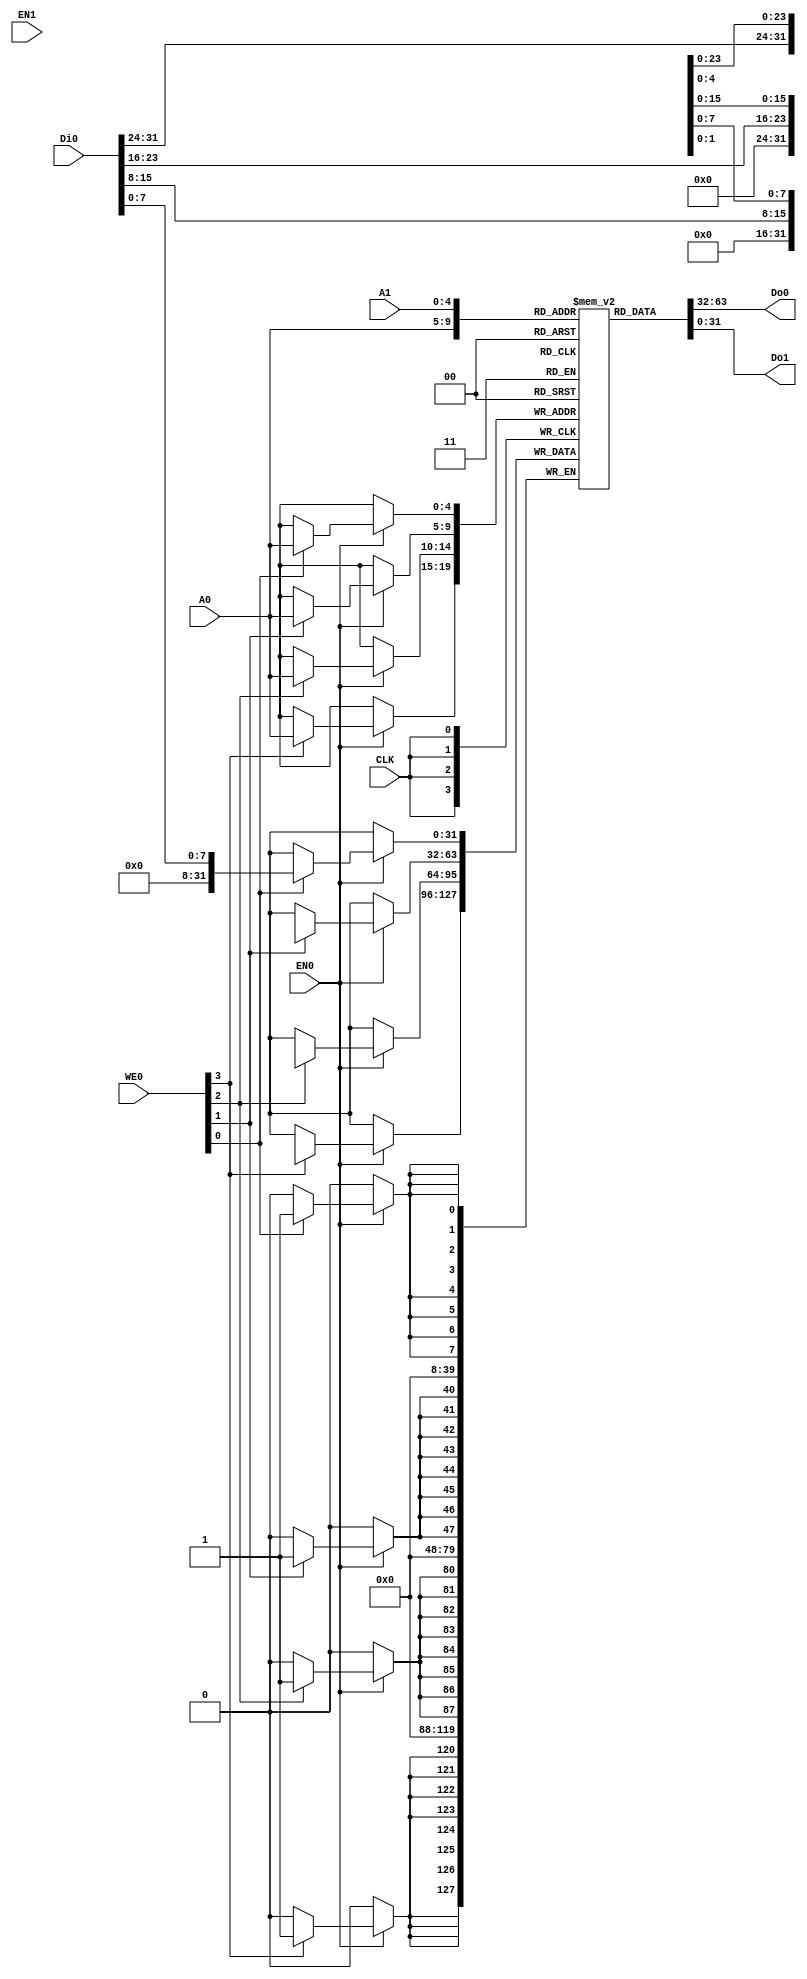
module RAM32_1RW1R (CLK, EN0, A0, Do0, WE0, Di0, EN1, A1, Do1);

   parameter data_w = 32;
   parameter addr_w = 5;
   parameter USE_LATCH = 0;

   input                CLK;
   input                EN0;
   input  [addr_w-1:0]  A0;
   output [data_w-1:0]  Do0;
   input  [3:0]         WE0;
   input  [data_w-1:0]  Di0;
   input                EN1;
   input  [addr_w-1:0]  A1;
   output [data_w-1:0]  Do1;

   reg    [data_w-1:0]  mem[2**addr_w-1:0];
   reg    [data_w-1:0]  Do0_q;
   reg    [data_w-1:0]  Do1_q;

   initial begin: init
      integer i;
      for (i = 0; i < 2**addr_w; i = i + 1)
         mem[i] = 0;
   end

   always @(posedge CLK) begin
      if (EN0) begin
         Do0_q <= mem[A0];
         Do1_q <= mem[A1];
         if (WE0[0]) begin
            mem[A0][7:0] <= Di0[7:0];
         end
         if (WE0[1]) begin
            mem[A0][15:8] <= Di0[15:8];
         end
         if (WE0[2]) begin
            mem[A0][23:16] <= Di0[23:16];
         end
         if (WE0[3]) begin
            mem[A0][31:24] <= Di0[31:24];
         end
      end
   end

   assign Do0 = USE_LATCH ? Do0_q : mem[A0];
   assign Do1 = USE_LATCH ? Do1_q : mem[A1];

endmodule